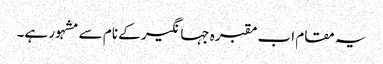
یہ مقام اب مقبرہ جہانگیر کے نام سے مشہور ہے۔